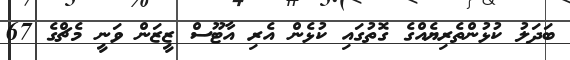
ބަދަލު ކުޅުންތެރިޔެއްގެ ގޮތުގައި ކުޅެން އެރި އާޓޫސް ޒީޒަން ވަނީ މެޗްގެ 67